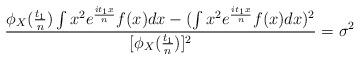
LaTeX: \begin{align*} \frac{ \phi_{X} (\frac{t_1}{n}) \int x^2 e ^{\frac{i t_1 x}{n}} f(x) dx - (\int x^2 e ^{\frac{i t_1 x}{n}} f(x) dx )^2 }{[\phi_{X}(\frac{t_1}{n})]^2} = \sigma^2\end{align*}